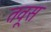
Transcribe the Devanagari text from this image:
तवूस